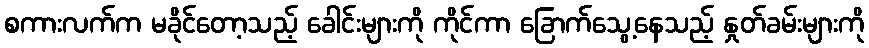
စကားလက်က မခိုင်တော့သည့် ခေါင်းများကို ကိုင်ကာ ခြောက်သွေ့နေသည့် နှုတ်ခမ်းများကို